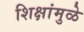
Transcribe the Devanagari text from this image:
शिक्षांमुळे